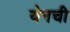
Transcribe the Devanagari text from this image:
येनची